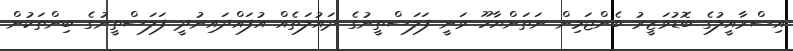
އިސްރާއީލުގެ ބޮޑުވަޒީރު ބެންޖަމިން ނަތަންޔާހޫ ވަނީ ފަލަސްތީނުގެ ދައުލަތެއް އުފައްދައިނުދީ ފަލަސްތީނުގެ ބިންތަކުން